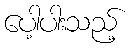
ပေါ့ပါးသည့်